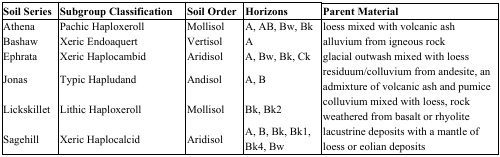
<table><thead><tr><td><b>Soil Series</b></td><td><b>Subgroup Classification</b></td><td><b>Soil Order</b></td><td><b>Horizons</b></td><td><b>Parent Material</b></td></tr></thead><tbody><tr><td>Athena</td><td>Pachic Haploxeroll</td><td>Mollisol</td><td>A, AB, Bw, Bk</td><td>loess mixed with volcanic ash</td></tr><tr><td>Bashaw</td><td>Xeric Endoaquert</td><td>Vertisol</td><td>A</td><td>alluvium from igneous rock</td></tr><tr><td>Ephrata</td><td>Xeric Haplocambid</td><td>Aridisol</td><td>A, Bw, Bk, Ck</td><td>glacial outwash mixed with loess</td></tr><tr><td>Jonas</td><td>Typic Hapludand</td><td>Andisol</td><td>A, B</td><td>residuum/colluvium from andesite, an admixture of volcanic ash and pumice</td></tr><tr><td>Lickskillet</td><td>Lithic Haploxeroll</td><td>Mollisol</td><td>Bk, Bk2</td><td>colluvium mixed with loess, rock weathered from basalt or rhyolite</td></tr><tr><td>Sagehill</td><td>Xeric Haplocalcid</td><td>Aridisol</td><td>A, B, Bk, Bk1, Bk4, Bw</td><td>lacustrine deposits with a mantle of loess or eolian deposits</td></tr></tbody></table>